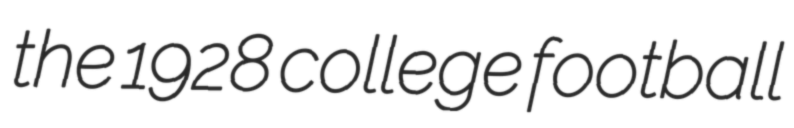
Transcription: the 1928 college football